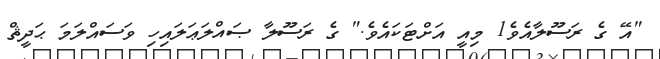
"އޭ ގެ ރަސޫލާއެވެ1 މިއީ އަށްޓަކައެވެ." ގެ ރަސޫލާ ޞައްލަޢަލައިހި ވަސައްލަމަ ޙަދީޘް